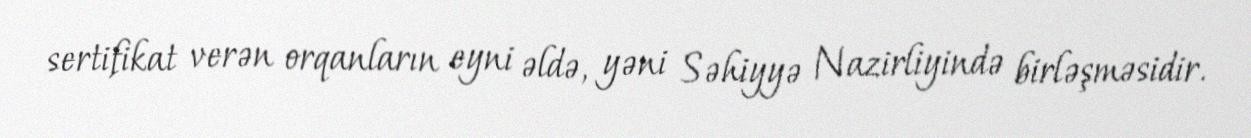
sertifikat verən orqanların eyni əldə, yəni Səhiyyə Nazirliyində birləşməsidir.